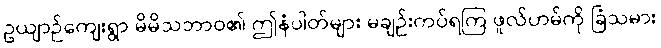
ဥယျာဉ်ကျေးရွာ မိမိသဘာဝ၏ ဤနံပါတ်များ မချဉ်းကပ်ရကြ ဖူလ်ဟမ်ကို ခြံသမား